65_HS1-834228961_62-HQ-83894_Section_10
Agency: FBI
Page 176
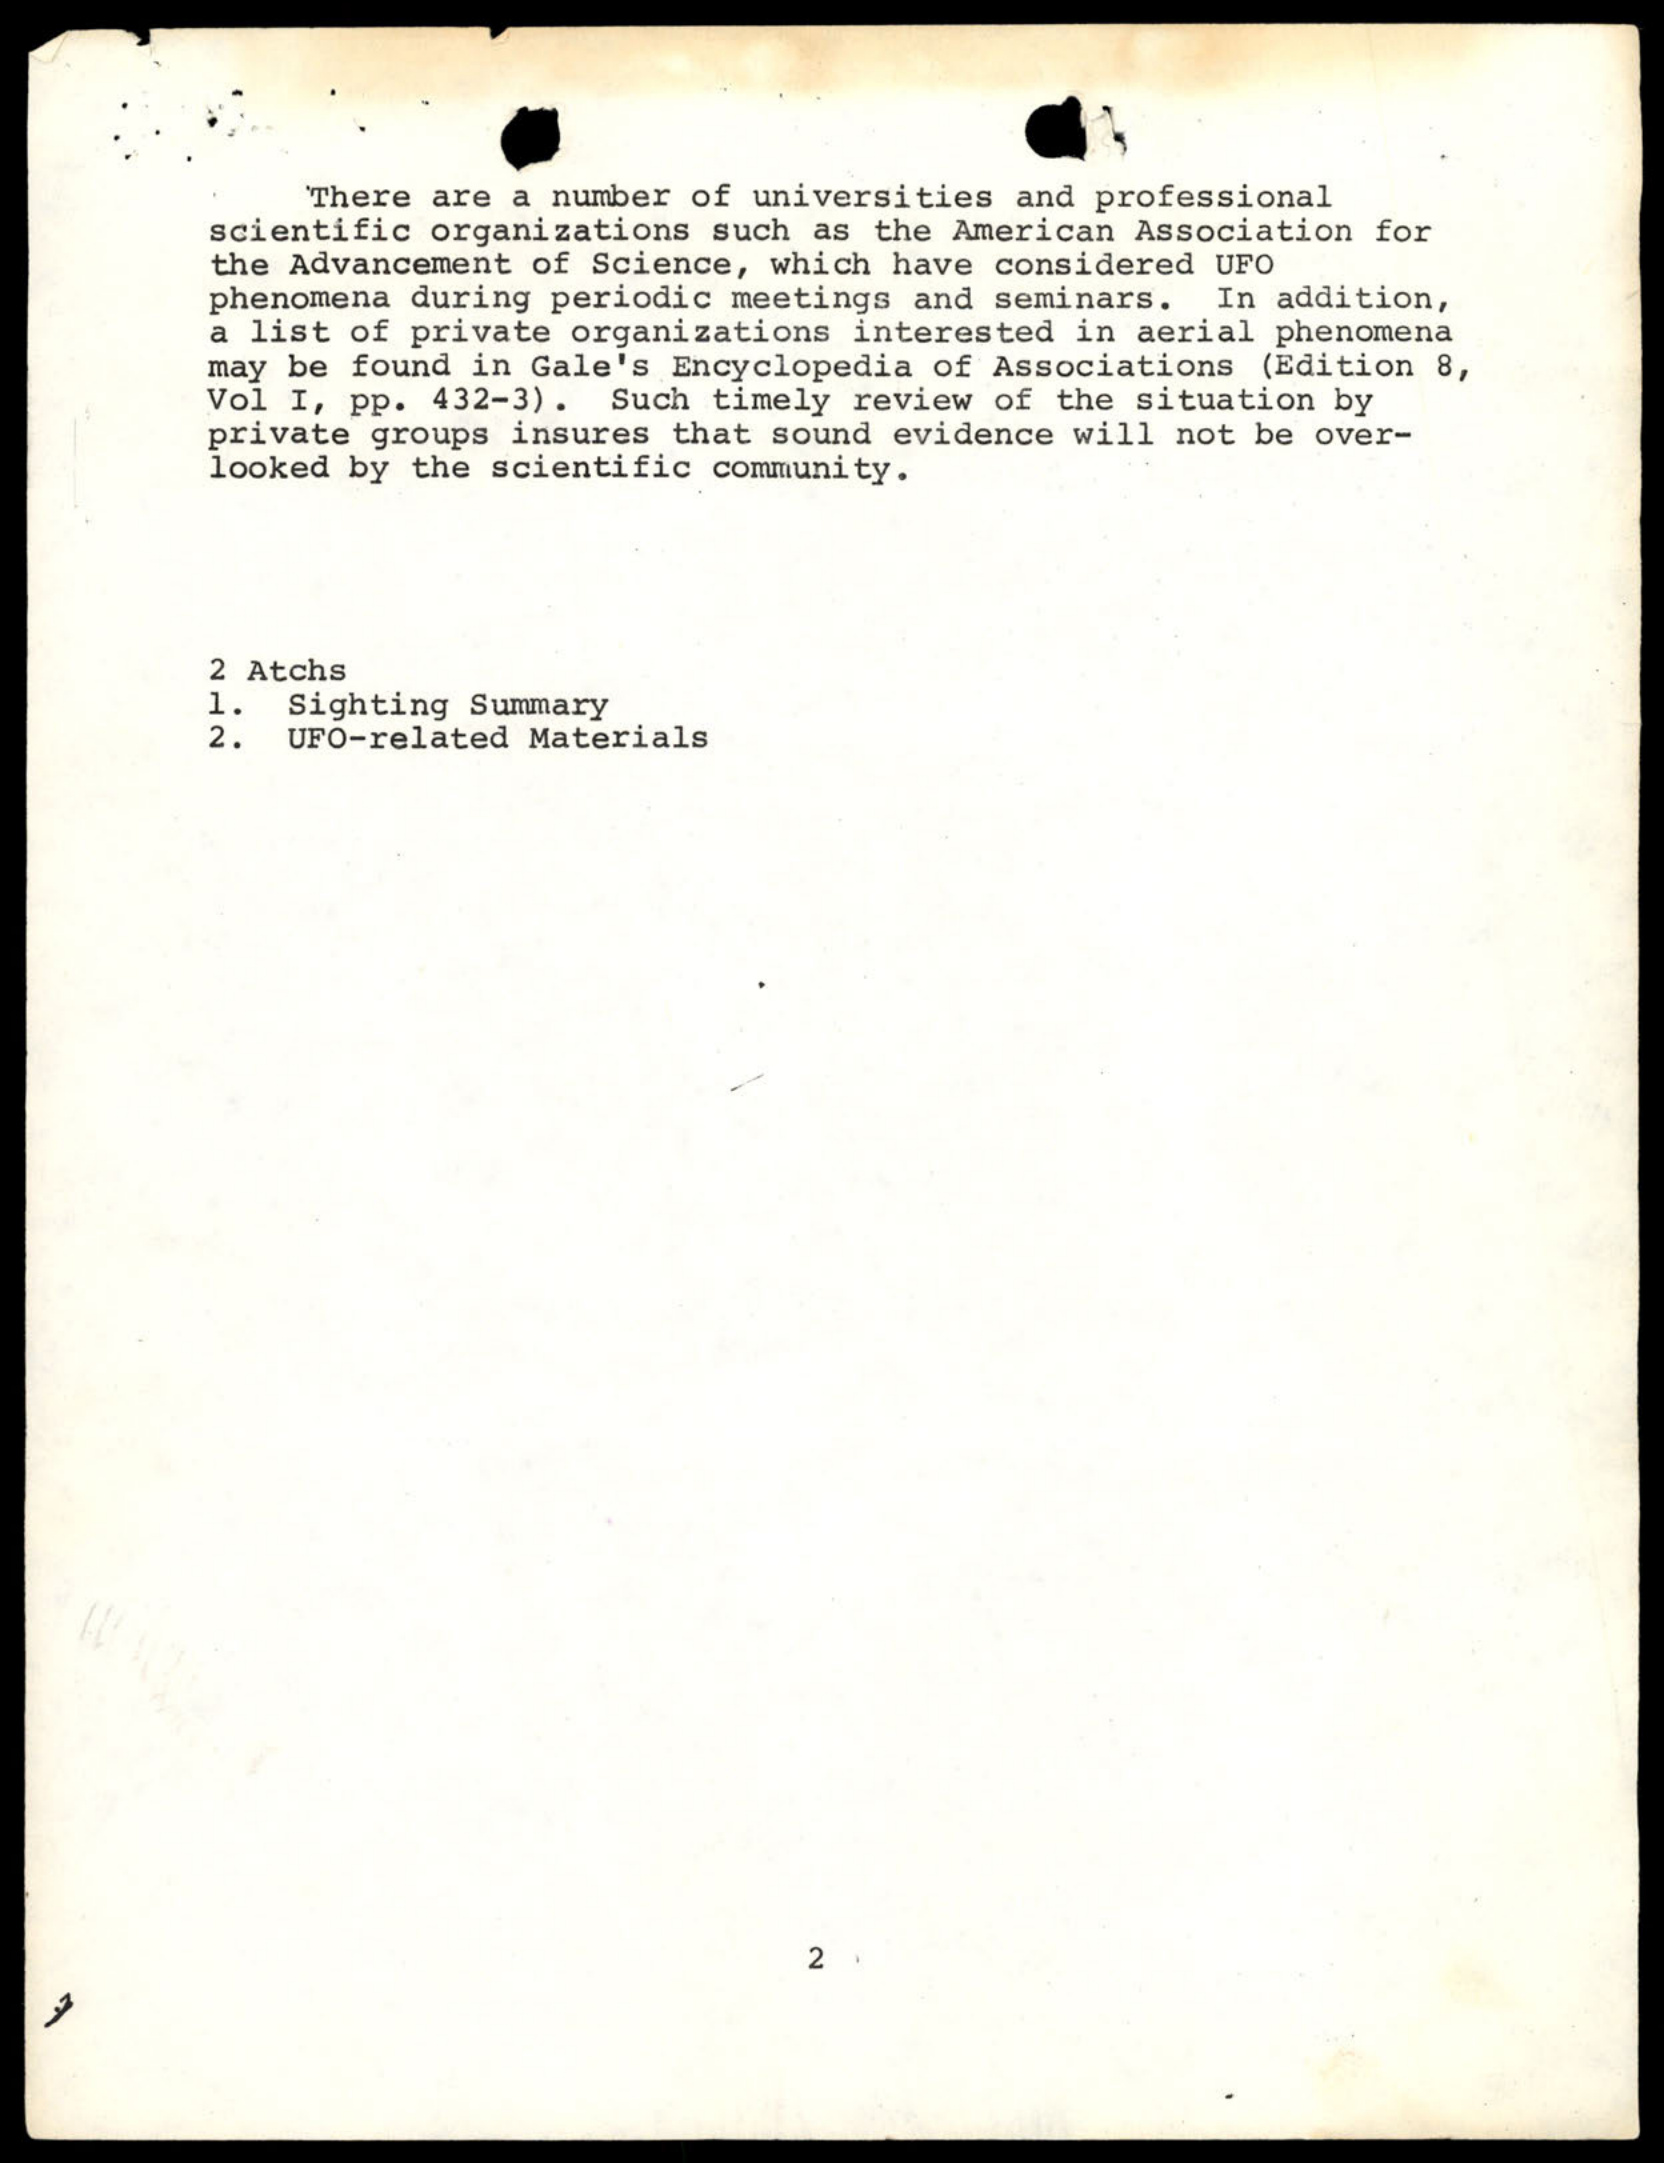